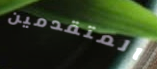
المتقدمين